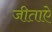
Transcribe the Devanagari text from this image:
जीताऐ